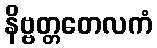
နိဗ္ဗတ္တတေလကံ